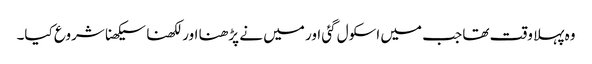
وہ پہلا وقت تھا جب میں اسکول گئی اور میں نے پڑھنا اور لکھنا سیکھنا شروع کیا۔